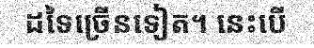
ដទៃច្រើនទៀត។ នេះបើ